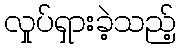
လှုပ်ရှားခဲ့သည့်